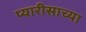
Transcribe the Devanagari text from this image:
प्यारीसाच्या